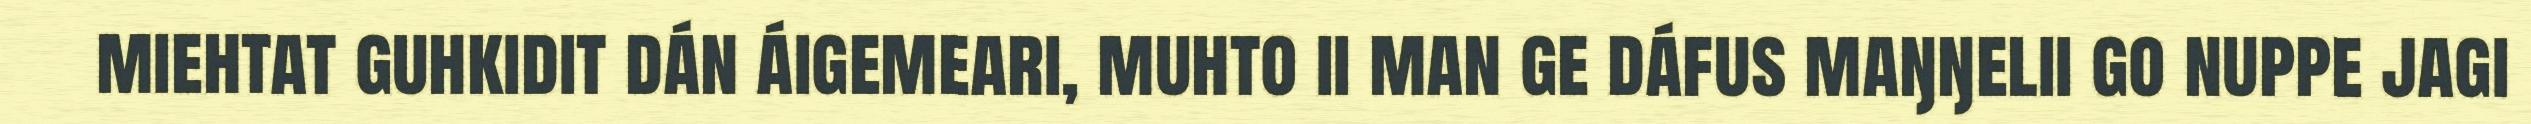
miehtat guhkidit dán áigemeari, muhto ii man ge dáfus maŋŋelii go nuppe jagi